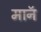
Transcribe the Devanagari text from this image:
मानॅ